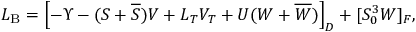
{ \cal L } _ { \mathrm { B } } = \left[ - \Upsilon - ( S + \overline { { S } } ) V + L _ { T } V _ { T } + U ( W + \overline { { W } } ) \right] _ { D } + [ S _ { 0 } ^ { 3 } W ] _ { F } ,